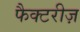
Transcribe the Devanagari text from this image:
फैक्टरीज़